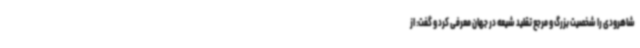
شاهرودی را شخصیت بزرگ و مرجع تقلید شیعه در جهان معرفی کرد و گفت: از